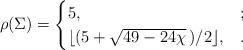
LaTeX: \begin{align*}\rho(\Sigma)=\begin{cases}5,&;\\\lfloor(5+\sqrt{49-24\chi}\,)/2\rfloor,&.\end{cases}\end{align*}